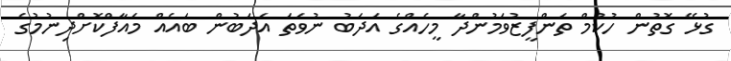
ގުޅޭ ގޮތުން ހުކުމް ތަންފީޒުވަމުންދާ މީހެއްގެ އަދަބު ނުވަތަ އަދަބުން ބައެއް މައާފްކޮށްދިނުމުގެ